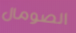
الصومال